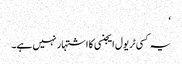
‘
یہ کسی ٹریول ایجنسی کا اشتہار نہیں ہے۔